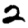
Digit: 2